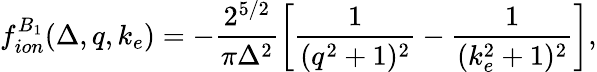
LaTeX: f_{ion}^{B_{1}}(\Delta,q,k_{e})=-\frac{2^{5/2}}{\pi\Delta^{2}}\left[\frac{1}{(q^{2}+1)^{2}}-\frac{1}{(k_{e}^{2}+1)^{2}}\right],